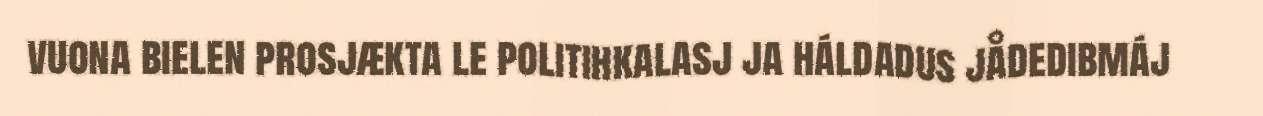
vuona bielen prosjækta le politihkalasj ja háldadus jådedibmáj